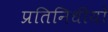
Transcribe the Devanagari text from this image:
प्रतिनिधीयों